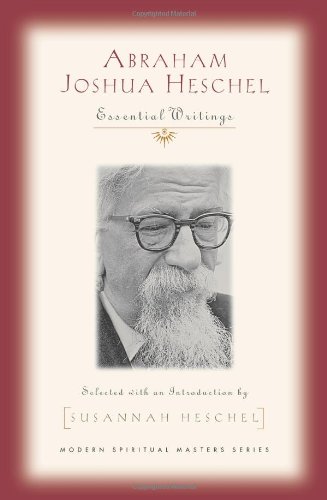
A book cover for Abraham Joshua Heschel: Essential Writings (Modern Spiritual Masters); Susannah Heschel; Religion & Spirituality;